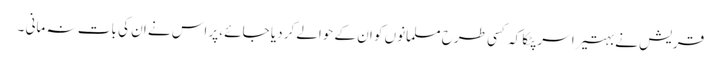
قریش نے بہتیرا سر پٹکا کہ کسی طرح مسلمانوں کو ان کے حوالے کر دیا جائے ،پر اس نے ان کی بات نہ مانی ۔